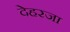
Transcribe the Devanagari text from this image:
देहरजा